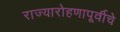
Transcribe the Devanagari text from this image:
राज्यारोहणापूर्वीचे